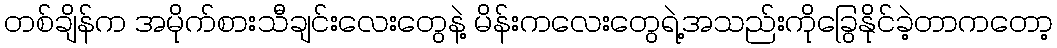
တစ်ချိန်က အမိုက်စားသီချင်းလေးတွေနဲ့ မိန်းကလေးတွေရဲ့အသည်းကိုခြွေနိုင်ခဲ့တာကတော့